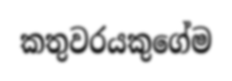
කතුවරයකුගේම